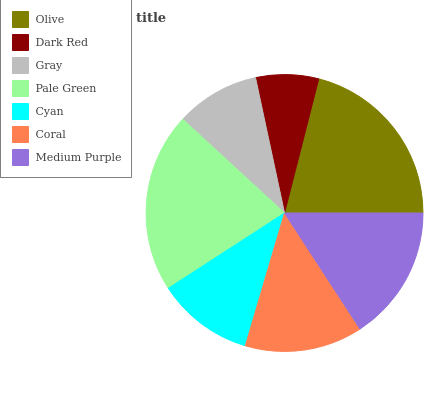
| Olive | Dark Red | Gray | Pale Green | Cyan | Coral | Medium Purple |
 | --- | --- | --- | --- | --- | --- | --- |
 | 21% | 7.34% | 9.79% | 21% | 11.3% | 13.8% | 15.8% |